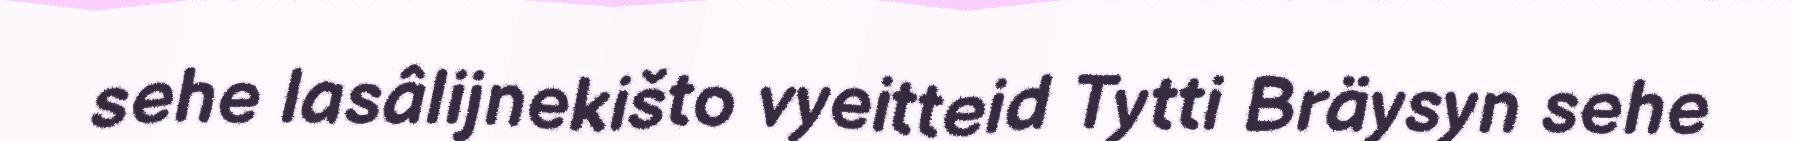
sehe lasâlijnekišto vyeitteid Tytti Bräysyn sehe